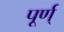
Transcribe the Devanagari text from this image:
पूर्ण्